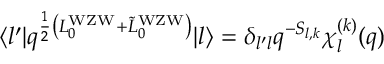
\langle l ^ { \prime } | q ^ { { \frac { 1 } { 2 } } \left( L _ { 0 } ^ { \mathrm { W Z W } } + { \tilde { L } } _ { 0 } ^ { \mathrm { W Z W } } \right) } | l \rangle = \delta _ { l ^ { \prime } l } q ^ { - S _ { l , k } } \chi _ { l } ^ { ( k ) } ( q )